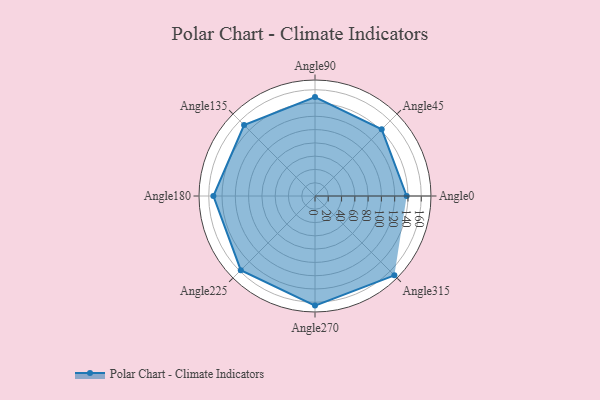
{"axis": {"x": "Angle", "y": "Radius"}, "legend": [""], "data": [{"x": "Angle0", "y": 138.0, "type": ""}, {"x": "Angle45", "y": 142.0, "type": ""}, {"x": "Angle90", "y": 149.0, "type": ""}, {"x": "Angle135", "y": 151.0, "type": ""}, {"x": "Angle180", "y": 153.0, "type": ""}, {"x": "Angle225", "y": 158.0, "type": ""}, {"x": "Angle270", "y": 165.0, "type": ""}, {"x": "Angle315", "y": 169.0, "type": ""}]}